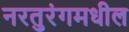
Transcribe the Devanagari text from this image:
नरतुरंगमधील